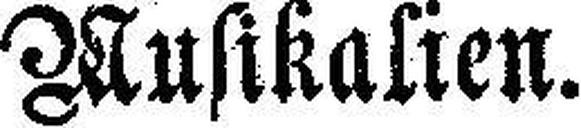
Musikalien.